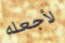
لأجعله